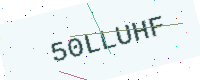
Text: 50LLUHF